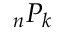
{ } _ { n } P _ { k }